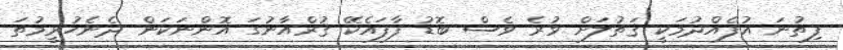
ފިތުނަ އުފެއްދުމަކީ ޤަތުލަށް ވުރެ ވެސް ބޮޑު ފާފައެކޭ ޤުރްއާނުގަ އޮންނަކަން ދެނެހުރީމުތަ